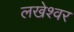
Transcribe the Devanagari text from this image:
लखेश्वर